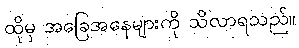
ထိုမှ အခြေအနေများကို သိလာရသည်။